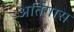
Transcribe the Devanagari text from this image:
अर्तिगास